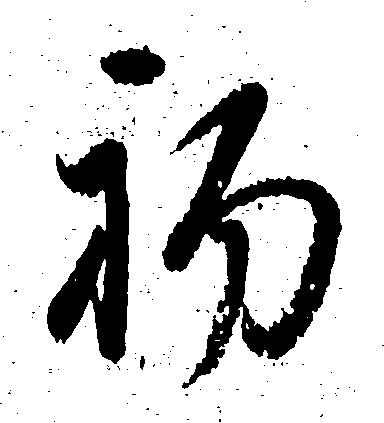
初